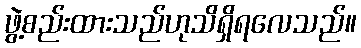
ဖွဲ့စည်းထားသည်ဟုသိရှိရလေသည်။